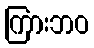
ကြားဘဝ